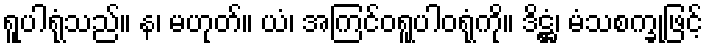
ရူပါရုံသည်။ န၊ မဟုတ်။ ယံ၊ အကြင်ဝရူပါဝရုံကို။ ဒိဋ္ဌံ၊ မံသစက္ခုဖြင့်